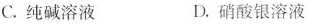
C. 纯碱溶液 D. 硝酸银溶液